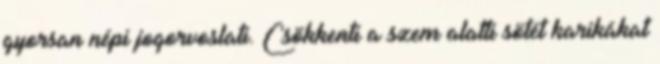
gyorsan népi jogorvoslati. Csökkenti a szem alatti sötét karikákat